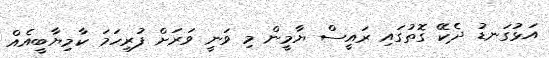
އަޅުގަނޑު ދެކޭ ގޮތުގައި ރައީސް ޔާމީން މި ވަނީ ވަރަށް ފުރިހަމަ ކާމިޔާބީއެއް